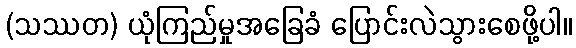
(သဿတ) ယုံကြည်မှုအခြေခံ ပြောင်းလဲသွားစေဖို့ပါ။